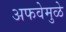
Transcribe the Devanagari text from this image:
अफवेमुळे